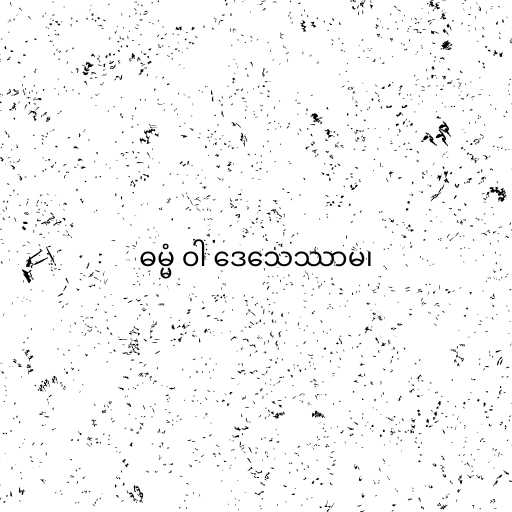
ဓမ္မံ ဝါ ဒေသေဿာမ၊